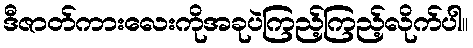
ဒီဇာတ်ကားလေးကိုအခုပဲကြည့်ကြည့်လိုက်ပါ။